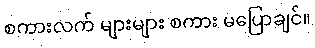
စကားလက် များများ စကား မပြောချင်။